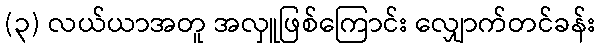
(၃) လယ်ယာအတူ အလှူဖြစ်ကြောင်း လျှောက်တင်ခန်း